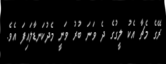
ރޭގެ މެޗާ އެކު ލީގުގެ ދެ ވަނަ ބުރު ވަނީ މެދުކަނޑާލައިފަ އެވެ.